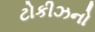
ટોકીઝનો